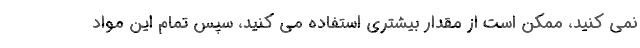
نمی کنید، ممکن است از مقدار بیشتری استفاده می کنید، سپس تمام این مواد